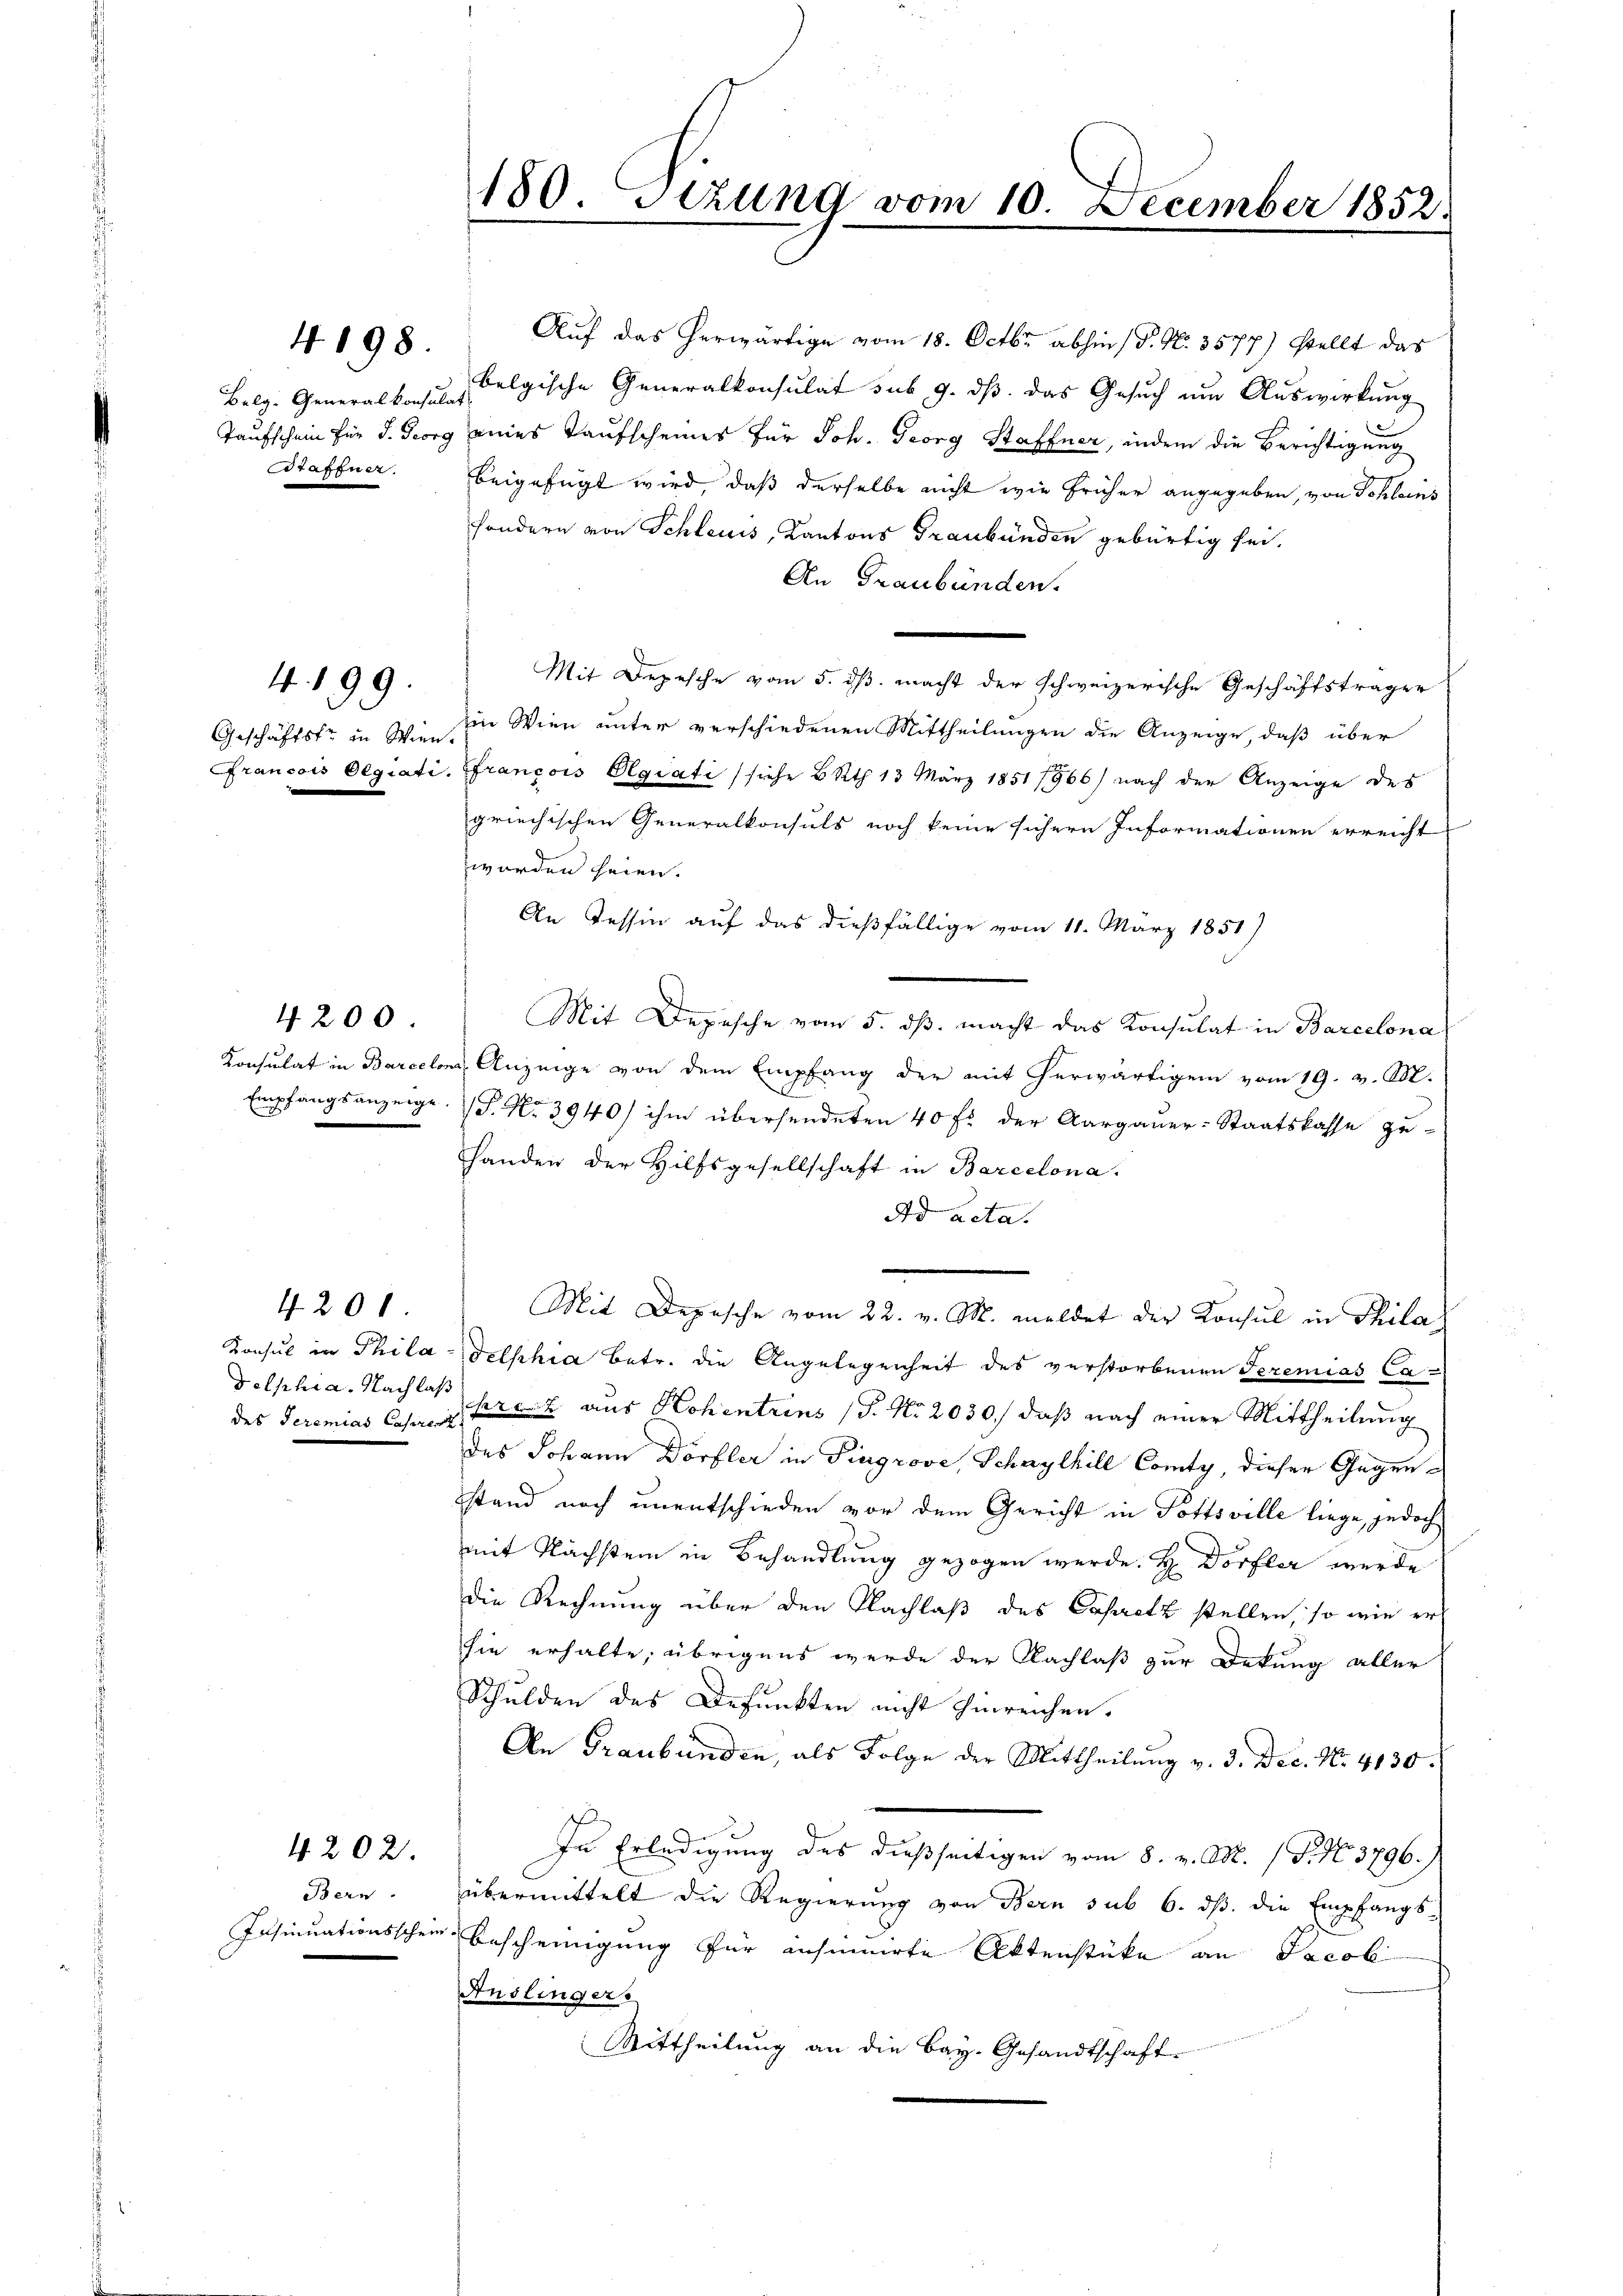
Belg. Generalkonsulat
Staffner.

4198.

Geschäftstr in Wien.

4. 199.

4200.

4200.

des Seremias Casirer

Bern.
Insinuationssche

4202.

180. Sezung vom 10. December 1852.

Auf das herwärtige vom 18. Octbr abhin (P. Nr. 3577) stellt das
belgische Generalkonsulat sub 9. ds. das Gesuch um Auswirkung
Taufschein für d. Georg eines Kaufscheines für Joh. Georg Staffner, indem die Berichtigung
beigefügt wird, daß derselbe nicht wie früher angegeben, von Schleins
sondern von Schleuss, Kantons Graubünden gebürtig sei.
An Graubünden.
Mit Depesche vom 5. ds. macht der schweizerische Geschäftsträger
Ein Wien unter verschiedenen Mittheilungen die Anzeige, daß über
Francois Olgiati, Gfrancois Olgiati (siehe B Rth. 13 März 1851/966) nach der Anzeige des
griechischen Generalkonsuls noch keine sichern Informationen erreicht
worden seien.
An Tessin auf das dießfällige vom 11. März 1851)
Mit Depesche vom 5. dβ. macht das Konsulat in Barcelona
Konsulat in Barcelona, Anzeige von dem Empfang der mit herwärtigen vom 19. v. M.
Empfangsanzeige. P. No 3940/ ihm übersendeten 40 f. der Aargauer-Staatskasse zu-
Handen der Hilfsgesellschaft in Barcelona.
Ad acta.
Mit Depesche vom 22. v. M. meldet der Konsul in Phila
Konsul in Philadelphia betr. die Angelegenheit des verstorbenen Seremias Ca-
dolphia. Nachlaß prez aus Hohentrins (S. Nr. 2030., daß nach einer Mittheilung
r
des Johann Dörfler in Pingrove, Schwylhill Comty, dieser Gegenstand noch unentschieden vor dem Gericht in Pottsville liege, jedoch
mit Nächstein in Behandlung gezogen werde. H. Dorfler werde
die Rechnung über den Nachlaß des Capritz stellen, so wie er
sie erhalte, übrigens werde der Nachlaß zur Dekung aller
Schulden des Defunkten nicht hinreichen.
An Graubünden, als Folge der Mittheilŭng v. 3. Dec. No. 4130.
In Erledigung des dießseitigen vom 8. v. M. (T. No. 3796).
übermittelt die Regierung von Bern sub 6. ds. die Empfangs-
Bescheinigung für ansuinirte Aktenstücke an Jacob
Anslingers
Mittheilung an die Bay. Gesandtschaft.